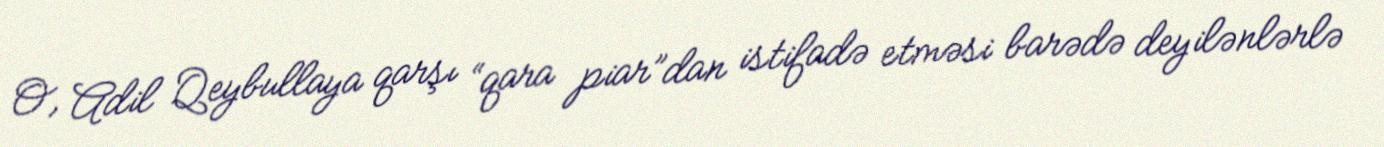
O, Adil Qeybullaya qarşı “qara piar”dan istifadə etməsi barədə deyilənlərlə